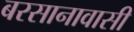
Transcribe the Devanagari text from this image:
बरसानावासी